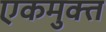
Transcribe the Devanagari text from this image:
एकमुक्त